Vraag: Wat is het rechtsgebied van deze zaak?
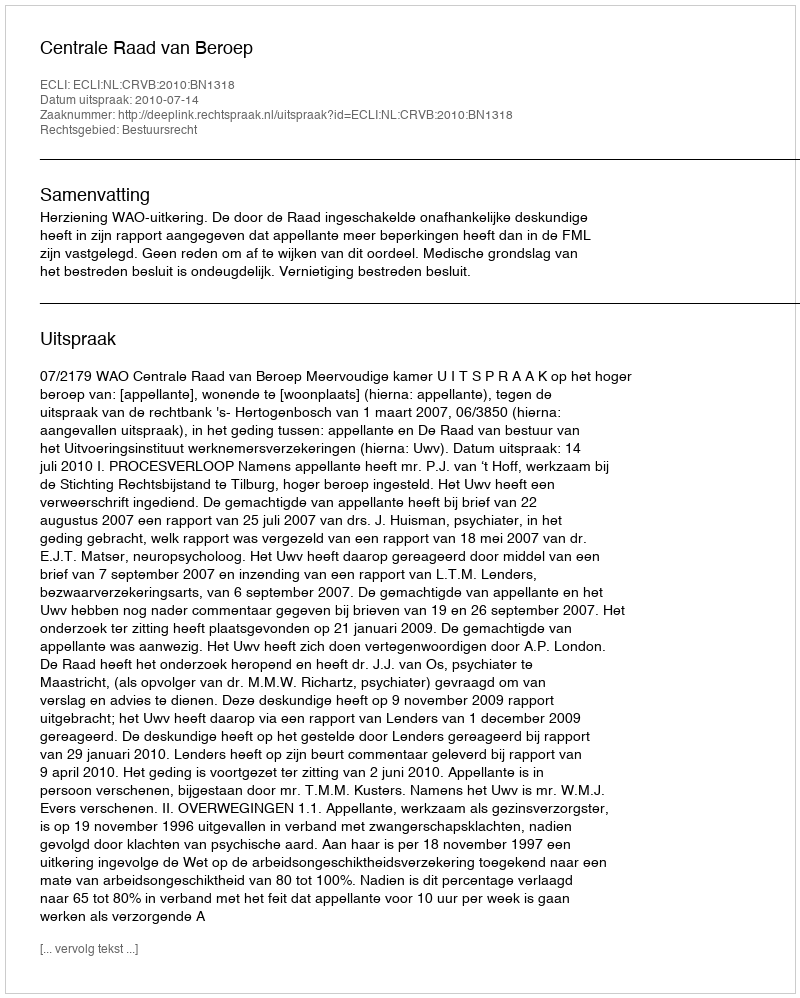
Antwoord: Bestuursrecht